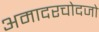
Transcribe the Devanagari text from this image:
अमादरचोदजो